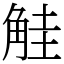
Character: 觟